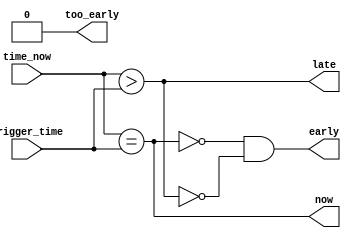
module time_compare
  (input [63:0] time_now,
   input [63:0] trigger_time,
   output now,
   output early,
   output late,
   output too_early);

    assign now = time_now == trigger_time;
    assign late = time_now > trigger_time;
    assign early = ~now & ~late;
    assign too_early = 0; //not implemented

endmodule